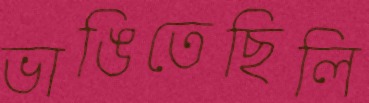
ভাঙিতেছিলি